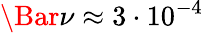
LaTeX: \Bar{\nu}\approx 3\cdot 10^{-4}